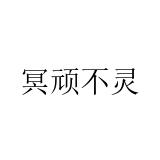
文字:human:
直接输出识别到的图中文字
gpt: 冥顽不灵